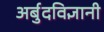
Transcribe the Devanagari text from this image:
अर्बुदविज्ञानी